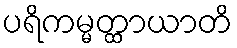
ပရိကမ္မတ္ထာယာတိ